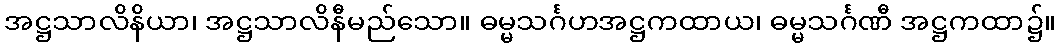
အဋ္ဌသာလိနိယာ၊ အဋ္ဌသာလိနီမည်သော။ ဓမ္မသင်္ဂဟအဋ္ဌကထာယ၊ ဓမ္မသင်္ဂဏီ အဋ္ဌကထာ၌။